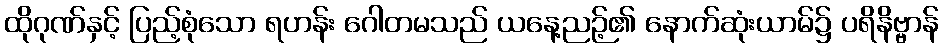
ထိုဂုဏ်နှင့် ပြည့်စုံသော ရဟန်း ဂေါတမသည် ယနေ့ညဉ့်၏ နောက်ဆုံးယာမ်၌ ပရိနိဗ္ဗာန်